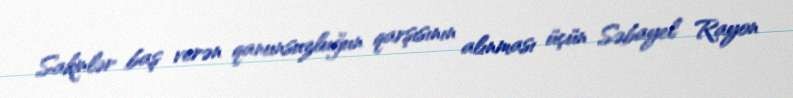
Sakinlər baş verən qanunsuzluğun qarşısının alınması üçün Səbayel Rayon